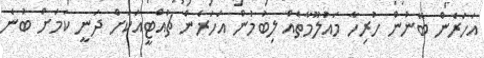
އަހަރެން ބޭނުން ހުރިހާ މައުލޫމާތެއް ލިބުމުން އަހަރެން ޗުއްޓީއަކަށް ދަނީ ކަމަށް ބުނެ